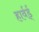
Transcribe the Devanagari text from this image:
हार्वर्ड्